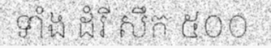
ទាំង ដំរី សឹក ៥០០